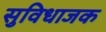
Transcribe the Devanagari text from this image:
सुविधाजक